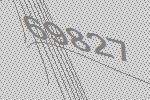
69827